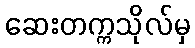
ဆေးတက္ကသိုလ်မှ